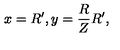
x = R ^ { \prime } , y = \frac { R } { Z } R ^ { \prime } ,